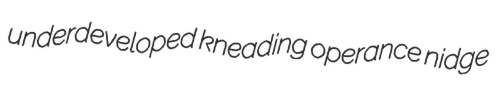
underdeveloped kneading operance nidge